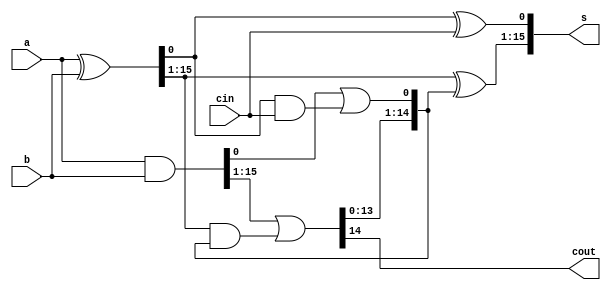
`timescale 1ns / 1ps
//////////////////////////////////////////////////////////////////////////////////
// Company: 
// Engineer: 
// 
// Design Name: 
// Module Name:    LAC_16bit 
// Project Name: 
// Target Devices: 
// Tool versions: 
// Description: 
//
// Dependencies: 
//
// Revision: 
// Revision 0.01 - File Created
// Additional Comments: 
//
//////////////////////////////////////////////////////////////////////////////////
module LAC_16bit(
 output [15:0]s,
  output cout,
  input [15:0]a,
  input [15:0]b,
  input cin
    );
  wire [15:0]p,g,c;
  assign p[15:0]=a[15:0]^b[15:0];
  assign g[15:0]=a[15:0]&b[15:0];
  assign c[0]=g[0]|(p[0]&cin);
  assign c[15:1]=g[15:1]|(p[15:1]&c[15:0]);
  assign s[0]=p[0]^cin;
  assign s[15:1]=p[15:1]^c[15:0];
  assign cout=c[15];

endmodule